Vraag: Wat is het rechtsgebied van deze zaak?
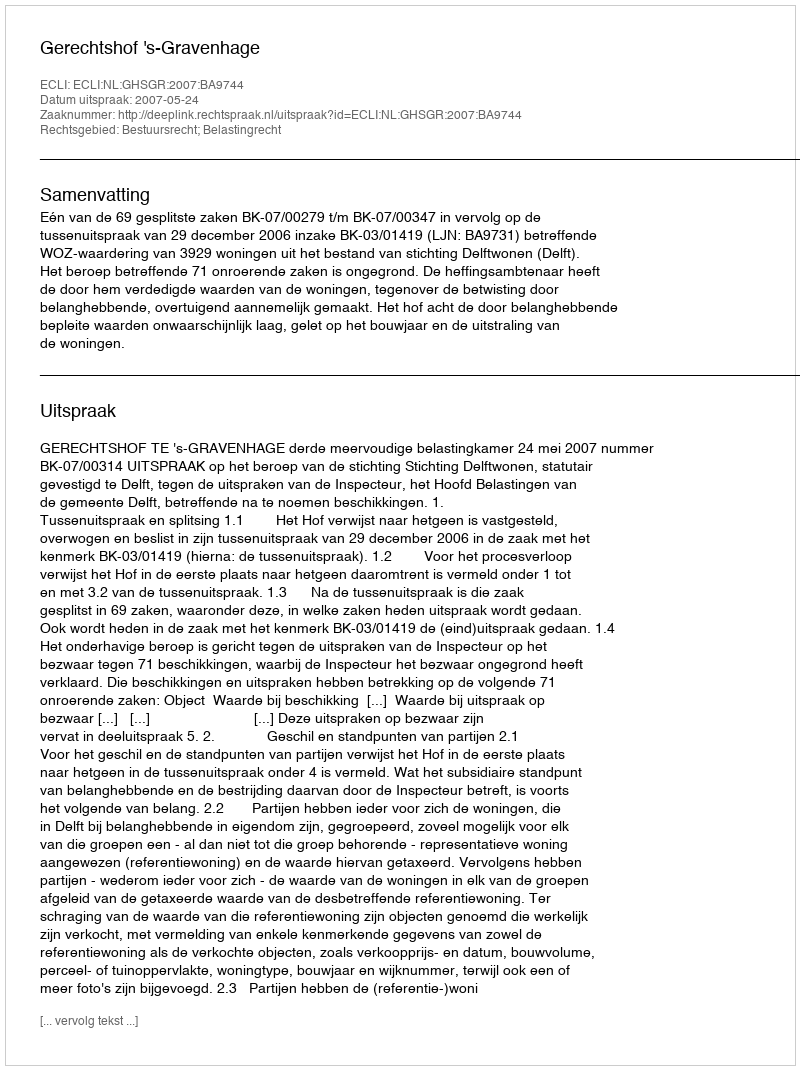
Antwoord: Bestuursrecht; Belastingrecht